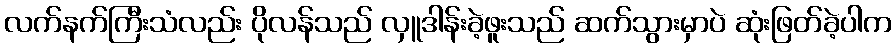
လက်နက်ကြီးသံလည်း ပိုလန်သည် လှူဒါန်းခဲ့ဖူးသည် ဆက်သွားမှာပဲ ဆုံးဖြတ်ခဲ့ပါက